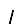
Digit: 1